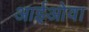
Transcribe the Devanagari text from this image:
आईओवा